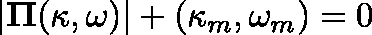
| \mathbf { \Pi } ( \kappa , \omega ) | + ( \kappa _ { m } , \omega _ { m } ) = 0